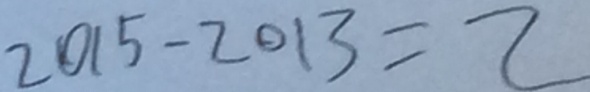
2 0 1 5 - 2 0 1 3 = 2